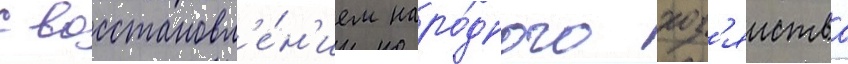
с восстановл'е́н'ием наро́дного хоз'яиства